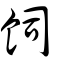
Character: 飼